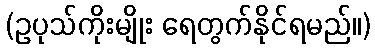
(ဥပုသ်ကိုးမျိုး ရေတွက်နိုင်ရမည်။)